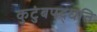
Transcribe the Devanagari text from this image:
कुटुंबपद्धति